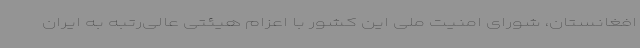
افغانستان، شورای امنیت ملی این کشور با اعزام هیئتی عالی‌رتبه به ایران